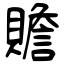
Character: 贍